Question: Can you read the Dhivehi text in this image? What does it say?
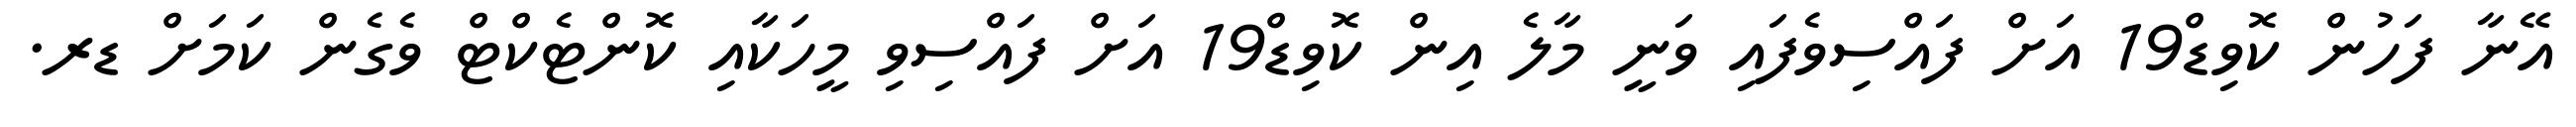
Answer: އޭނާ ފަހުން ކޮވިޑް19 އަށް ފައްސިވެފައި ވަނީ މާލެ އިން ކޮވިޑް19 އަށް ފައްސިވި މީހަކާއި ކޮންޓެކްޓް ވެގެން ކަމަށް ޑރ.